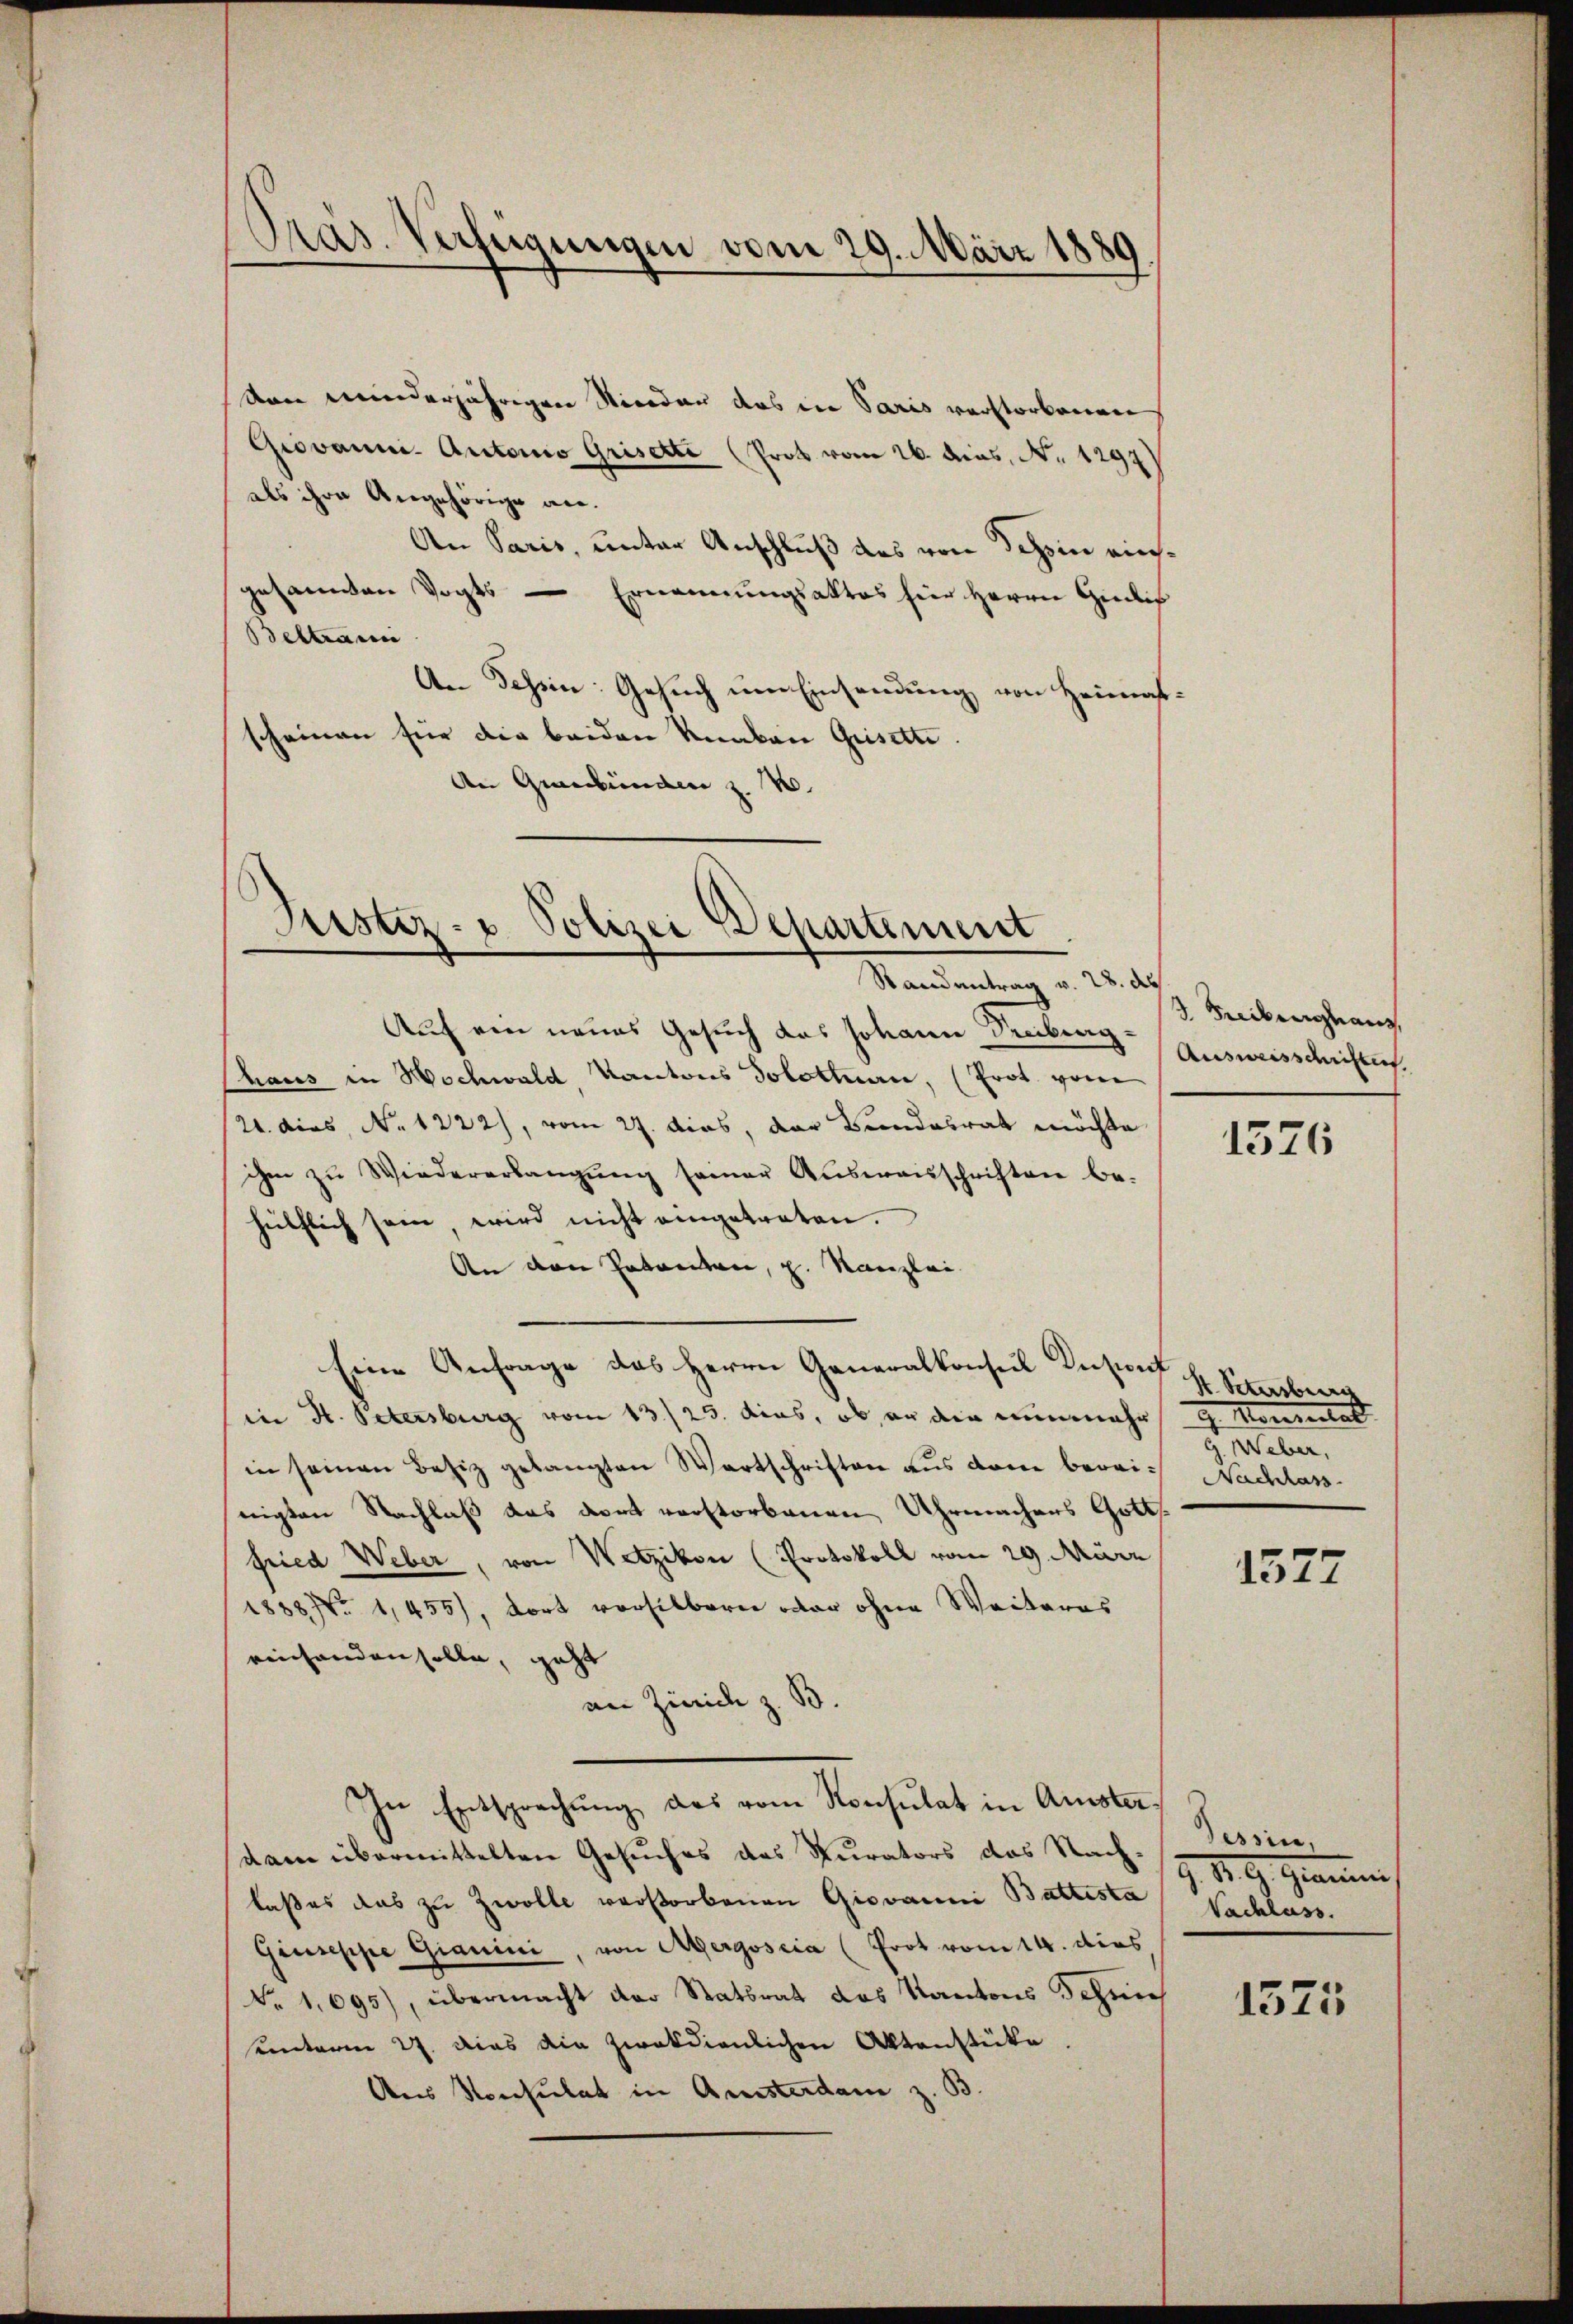
von minderjährigen Nieder das in Paris verstorbenen
Giovanni. Autorio Grisette (Prob vom 26. dies, No. 1297)
als ihre Angehörige an.
An Paris, unter Anschluß des von Schin einsgesammen Vogts — Ernennungsaktes hier Herrn Giedik
Beltram
An Tessin: Gesuch um Einsendung von Heimatscheinen für die beiden Knaben Geisette.
An Graubünden z. B.

Pras. Verfeigungen vom 29. März 1889

Justiz- u. Polizei Departement
.
Randantrag v. 28. des

Auf ein neues Gesuch das Johann Truberg-Ausweisschrichtes.
Thaus in Hochwald Kantons Solottan, (Prot. von
24. dies, No. 1222), vom 27. dies, der Bundesrat möchte
ihm zu Wiedererlangŭng seiner Aŭsweisschriften be-
hülflich sein, wird nicht eingetreten.
An den Patenten, z. Kanzlei
Eine Anfrage das Herrn Generalkonsul Instant
in St. Petersburg vom 13./23. dies, ob er die nunmehr G. Konsulat
in seinen Besiz gelangten Wortschriften aus dem bereich Nachlass
nigten Nachlaß das dort verstorbenen Uhrmachers Gottsfried Weber, von Wetzikon (Protokoll vom 29. März
1888 No 1,455), fort versilbern oder ohne Weiteres
eeichenden solle, geht
an Zürich z. B.
In Entsprechung des vom Konsulat in Amsterdam übermittelten Gesuches das Kurators das Nachlaßes das zu Zwolle verstorbenen Giovanni Battesta Nachlass.
Giuseppe Gianini, von Agergoscia (Prot vom 14. dies
No. 1695), übermacht der Statsrat das Kantons Schwiesunterm 27. dies die zweckdienlichen Aktenstücke.
Aus Konsulat in Amsterdam z. B.

3. Freiburghaus,

1376

S. Petersburg
eber,

1577

Tessin,
7. d. G. Grammen

1575